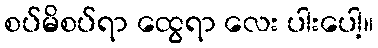
စပ်မိစပ်ရာ ထွေရာ လေး ပါးပေါ့။